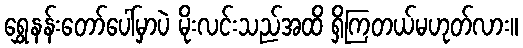
ရွှေနန်းတော်ပေါ်မှာပဲ မိုးလင်းသည်အထိ ရှိကြတယ်မဟုတ်လား။